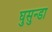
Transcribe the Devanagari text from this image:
घुसुन्डा